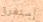
إستغرق